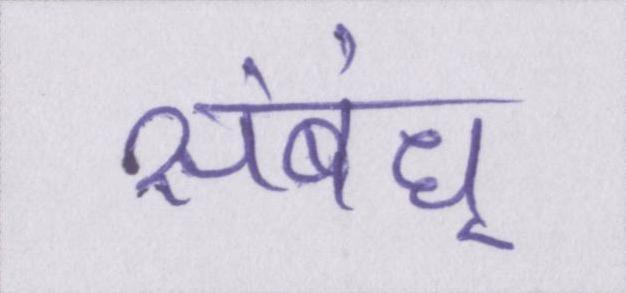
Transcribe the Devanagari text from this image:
संबंध्